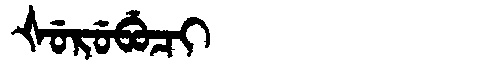
Manchu: ᡧᡠᡵᡠᠪᡠᠴᡳ
Romanization: ŠURUBUCI